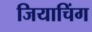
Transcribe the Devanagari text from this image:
जियाचिंग